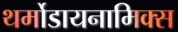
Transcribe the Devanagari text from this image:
थर्मोडायनामिक्‍स